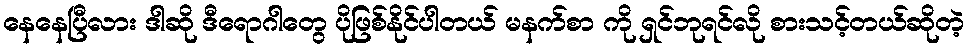
နေနေပြီလား ဒါဆို ဒီရောဂါတွေ ပိုဖြစ်နိုင်ပါတယ် မနက်စာ ကို ရှင်ဘုရင်လို စားသင့်တယ်ဆိုတဲ့